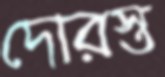
দোরস্ত